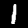
Digit: 1